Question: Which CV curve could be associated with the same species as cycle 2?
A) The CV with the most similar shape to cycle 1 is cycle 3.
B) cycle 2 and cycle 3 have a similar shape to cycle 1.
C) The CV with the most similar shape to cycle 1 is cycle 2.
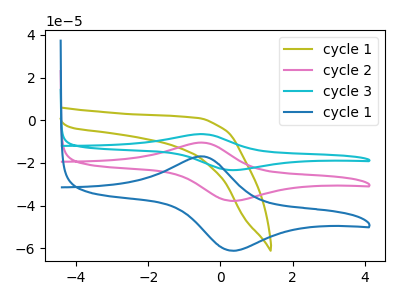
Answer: <think>The olive curve "cycle 1" has no peaks. The pink curve "cycle 2" has an anodic peak at (-0.55V, -10.45uA) and a cathodic peak at (0.30V, -37.75uA). The cyan curve "cycle 3" has an anodic peak at (-0.55V, -20.90uA) and a cathodic peak at (0.30V, -75.50uA). The blue curve "cycle 1" has an anodic peak at (-0.55V, -16.90uA) and a cathodic peak at (0.30V, -61.10uA).
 "cycle 1" and "cycle 2" have a different number of peaks. "cycle 1" and "cycle 3" have a different number of peaks. "cycle 1" and "cycle 1" have a different number of peaks. All the peaks in "cycle 2" have a peak in "cycle 3" at the same potential. All the peaks in "cycle 2" have a peak in "cycle 1" at the same potential. All the peaks in "cycle 3" have a peak in "cycle 1" at the same potential.</think>
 <answer>B) "cycle 2" and "cycle 3" have a similar shape to "cycle 1".</answer>
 <eval>B</eval>